Vaccination North-Western Provinces and Oudh 1896-1901 - 1896-1901
Year: 1896
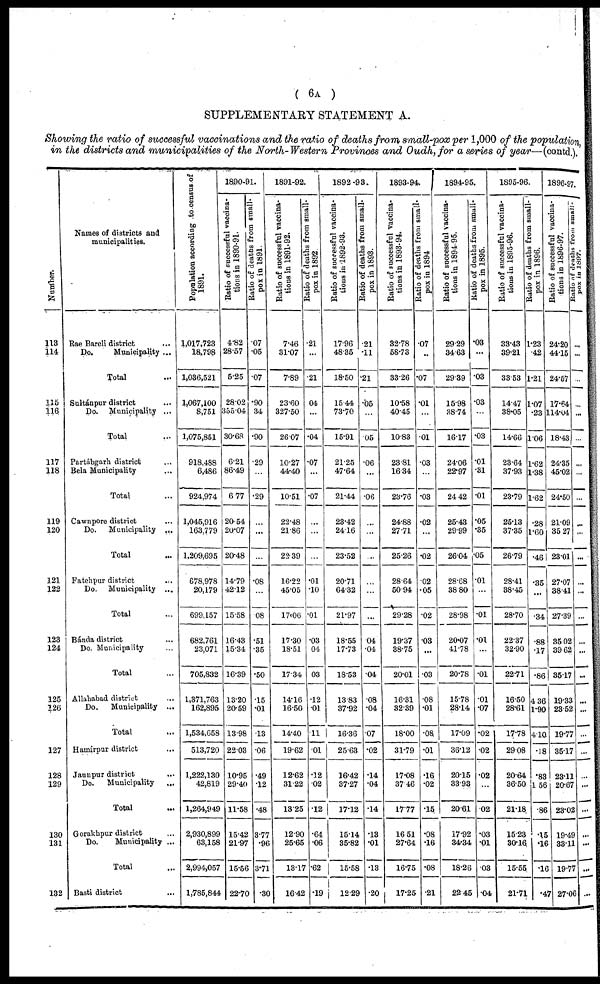
( 6A )
SUPPLEMENTARY STATEMENT A.
Showing the ratio of successful vaccinations and the ratio of deaths from small-pox per 1,000 of the population,
in the districts and municipalities of the North-Western Provinces and Oudh,for a series of year—(contd.).
Number.
113
114
115
116
117
118
119
120
121
122
123
124
125
126
127
128
129
130
131
132
Names of districts and
municipalities.
Rae Bareli district ...
Do.
Municipality ...
Total ...
Sultánpur district ...
Do. Municipality ...
Total ...
Partábgarh district ...
Bela Municipality ...
Total ...
Cawnpore district ...
Do. Municipality ...
Total ...
Fatehpur district ...
Do. Municipality ...
Total ...
Bánda district ...
Do. Municipality ...
Total ...
Allahabad district ...
Do.
Municipality ...
Total ...
Hamírpur district ...
Jaunpur district ...
Do.
Municipality
...
Total ...
Gorakhpur district ...
Do.
Municipality ...
Total ...
Basti district ...
Population according to census of
1891.
1,017,723
18,798
1,036,521
1,067,100
8,751
1,075,851
918,488
6,486
924,974
1,045,916
163,779
1,209,695
678,978
20,179
699,157
682,761
23,071
705,832
1,371,763
162,895
1,534,658
513,720
1,222,130
42,819
1,264,949
2,930,899
63,158
2,994,057
1,785,844
1890-91.
Ratio of successful vaccina-
tions in 1890-91.
4.82
28.57
5.25
28.02
355.04
30.68
6.21
86.49
6.77
20.54
20.07
20.48
14.79
42.12
15.58
16.43
15.34
16.39
13.20
20.59
13.98
22.03
10.95
29.40
11.58
15.42
21.97
15.56
22.70
Ratio of deaths from small-
pox in 1891.
.07
.05
.07
.90
34
.90
.29
...
.29
...
...
.08
...
08
.51
.35
.50
.15
.01
.13
.06
.49
.12
.48
3.77
.96
3.71
.30
1891-92.
Ratio of successful vaccina-
tions in 1891-92.
7.46
31.07
7.89
23.60
327.50
26.07
10.27
44.40
10.51
22.48
21.86
22.39
16.22
45.05
17.06
17.30
18.51
17.34
14.16
16.50
14.40
19.62
12.62
31.22
13.20
12.90
25.65
13.17
16.42
Ratio of deaths from small-
pox in 1892.
.21
...
.21
04
...
.04
.07
...
.07
...
...
...
.01
.10
.01
.03
04
03
.12
.01
.11
.01
.12
.02
.12
.64
.06
.62
.19
1892-93.
Ratio of successful vaccina-
tions in 1892-93.
17.96
48.35
18.50
15.44
73.70
15.91
21.25
47.64
21.44
23.42
24.16
23.52
20.71
64.32
21.97
18.55
17.73
18.53
13.83
37.92
16.36
25.63
16.42
37.27
17.12
15.14
35.82
15.58
12.29
Ratio of deaths from small-
pox in 1893.
.21
.11
.21
.05
...
.05
.06
...
.06
...
...
...
...
...
...
.04
.04
.04
.08
.04
.07
.02
.14
.04
.14
.13
.01
.13
.20
1893-94.
Ratio of successful vaccina-
tions in 1893-94.
32.78
58.73
33.26
10.58
40.45
10.83
23.81
16.34
23.76
24.88
27.71
25.26
28.64
50.94
29.28
19.37
38.75
20.01
16.31
32.39
18.00
31.79
17.08
37.46
17.77
16.51
27.64
16.75
17.25
Ratio of deaths from small-
pox in 1894
.07
...
.07
.01
...
.01
.03
...
.03
.02
...
.02
.02
.05
.02
.03
...
.03
.08
.01
.08
.01
.16
.02
.15
.08
.16
.08
.21
1894-95.
Ratio of successful vaccina-
tions in 1894-95.
29.29
34.63
29.39
15.98
38.74
16.17
24.06
22.97
24.42
25.43
29.99
26.04
28.68
38.80
28.98
20.07
41.78
20.78
15.78
28.14
17.09
36.12
20.15
33.93
20.61
17.92
34.34
18.26
22.45
Ratio of deaths from small-
pox in 1895.
.03
...
.03
.03
...
.03
.01
.31
.01
.05
.35
.05
.01
...
.01
.01
...
.01
.01
.07
.02
.02
.02
...
.02
.03
.01
03
.04
1895-96.
Ratio of successful vaccina-
tions in 1895-96.
33.43
39.21
33.53
14.47
38.05
14.66
23.64
37.93
23.79
25.13
37.35
26.79
28.41
38.45
28.70
22.37
32.90
22.71
16.50
28.61
17.78
29.08
20.64
36.50
21.18
15.23
30.16
15.55
21.71
Ratio of deaths from small-
pox in 1896.
1.23
.42
1.21
1.07
.23
1.06
1.62
1.38
1.62
.28
1.60
.46
.35
...
.34
.88
.17
.86
4.36
1.90
4.10
.18
.83
1.56
.86
.15
.16
.16
.47
1896-97.
Ratio of successful vaccina-
tions in 1896-97.
24.20
44.15
24.57
17.64
114.04
18.43
24.35
45.02
24.50
21.09
35.27
23.01
27.07
38.41
27.39
35.02
39.62
35.17
19.33
23.52
19.77
35.17
23.11
20.67
23.02
19.49
33.11
19.77
27.06
Ratio of deaths from small-
pox
in
1897.
...
...
...
...
...
...
...
...
...
...
...
...
...
...
...
...
...
...
...
...
...
...
...
...
...
...
...
...
...